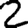
Digit: 2